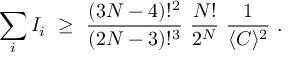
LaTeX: \sum _ { i } I _ { i } \, \, \ge \, \, \displaystyle { \frac { ( 3 N - 4 ) ! ^ { 2 } } { ( 2 N - 3 ) ! ^ { 3 } } } \, \, \displaystyle { \frac { N ! } { 2 ^ { N } } } \, \, \displaystyle { \frac { 1 } { \langle C \rangle ^ { 2 } } } \, \, .